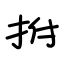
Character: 拊